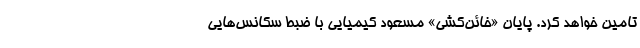
تامین خواهد کرد. پایان «خائن‌کشی» مسعود کیمیایی با ضبط سکانس‌هایی